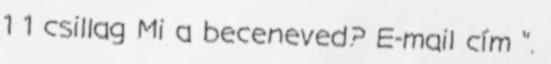
1 1 csillag Mi a beceneved? E-mail cím ".